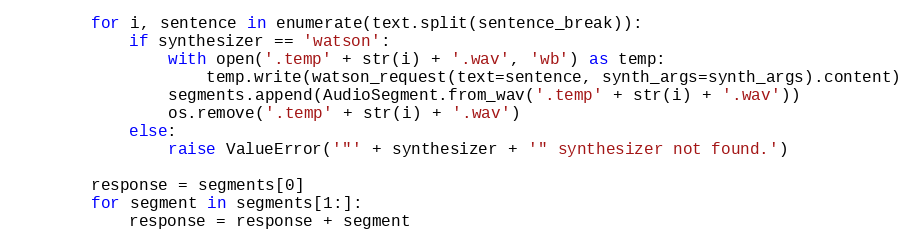
Language: Python
        for i, sentence in enumerate(text.split(sentence_break)):
            if synthesizer == 'watson':
                with open('.temp' + str(i) + '.wav', 'wb') as temp:
                    temp.write(watson_request(text=sentence, synth_args=synth_args).content)
                segments.append(AudioSegment.from_wav('.temp' + str(i) + '.wav'))
                os.remove('.temp' + str(i) + '.wav')
            else:
                raise ValueError('"' + synthesizer + '" synthesizer not found.')

        response = segments[0]
        for segment in segments[1:]:
            response = response + segment